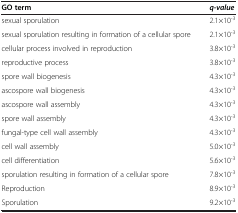
<table><thead><tr><td><b>GO term</b></td><td><b><i>q-value</i></b></td></tr></thead><tbody><tr><td>sexual sporulation</td><td>2.1×10<sup>-3</sup></td></tr><tr><td>sexual sporulation resulting in formation of a cellular spore</td><td>2.1×10<sup>-3</sup></td></tr><tr><td>cellular process involved in reproduction</td><td>3.8×10<sup>-3</sup></td></tr><tr><td>reproductive process</td><td>3.8×10<sup>-3</sup></td></tr><tr><td>spore wall biogenesis</td><td>4.3×10<sup>-3</sup></td></tr><tr><td>ascospore wall biogenesis</td><td>4.3×10<sup>-3</sup></td></tr><tr><td>ascospore wall assembly</td><td>4.3×10<sup>-3</sup></td></tr><tr><td>spore wall assembly</td><td>4.3×10<sup>-3</sup></td></tr><tr><td>fungal-type cell wall assembly</td><td>4.3×10<sup>-3</sup></td></tr><tr><td>cell wall assembly</td><td>5.0×10<sup>-3</sup></td></tr><tr><td>cell differentiation</td><td>5.6×10<sup>-3</sup></td></tr><tr><td>sporulation resulting in formation of a cellular spore</td><td>7.8×10<sup>-3</sup></td></tr><tr><td>Reproduction</td><td>8.9×10<sup>-3</sup></td></tr><tr><td>Sporulation</td><td>9.2×10<sup>-3</sup></td></tr></tbody></table>